Report of the Municipal Commissioner on the plague in Bombay for the year ending 31st May... - Volume 3
Disease focus: Plague
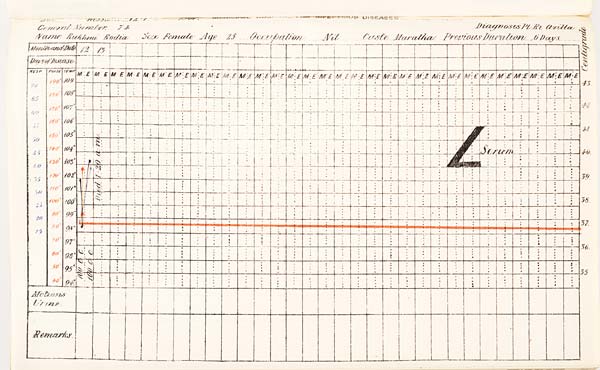
Date
of
Admission
1901
MUNICIPAL
HOSPITAL
FOR
INFECTIOUS
DISEASES.
General
Number
Diagnosis
Name
Sex
Age
Occupation
Caste
Previous
Duration